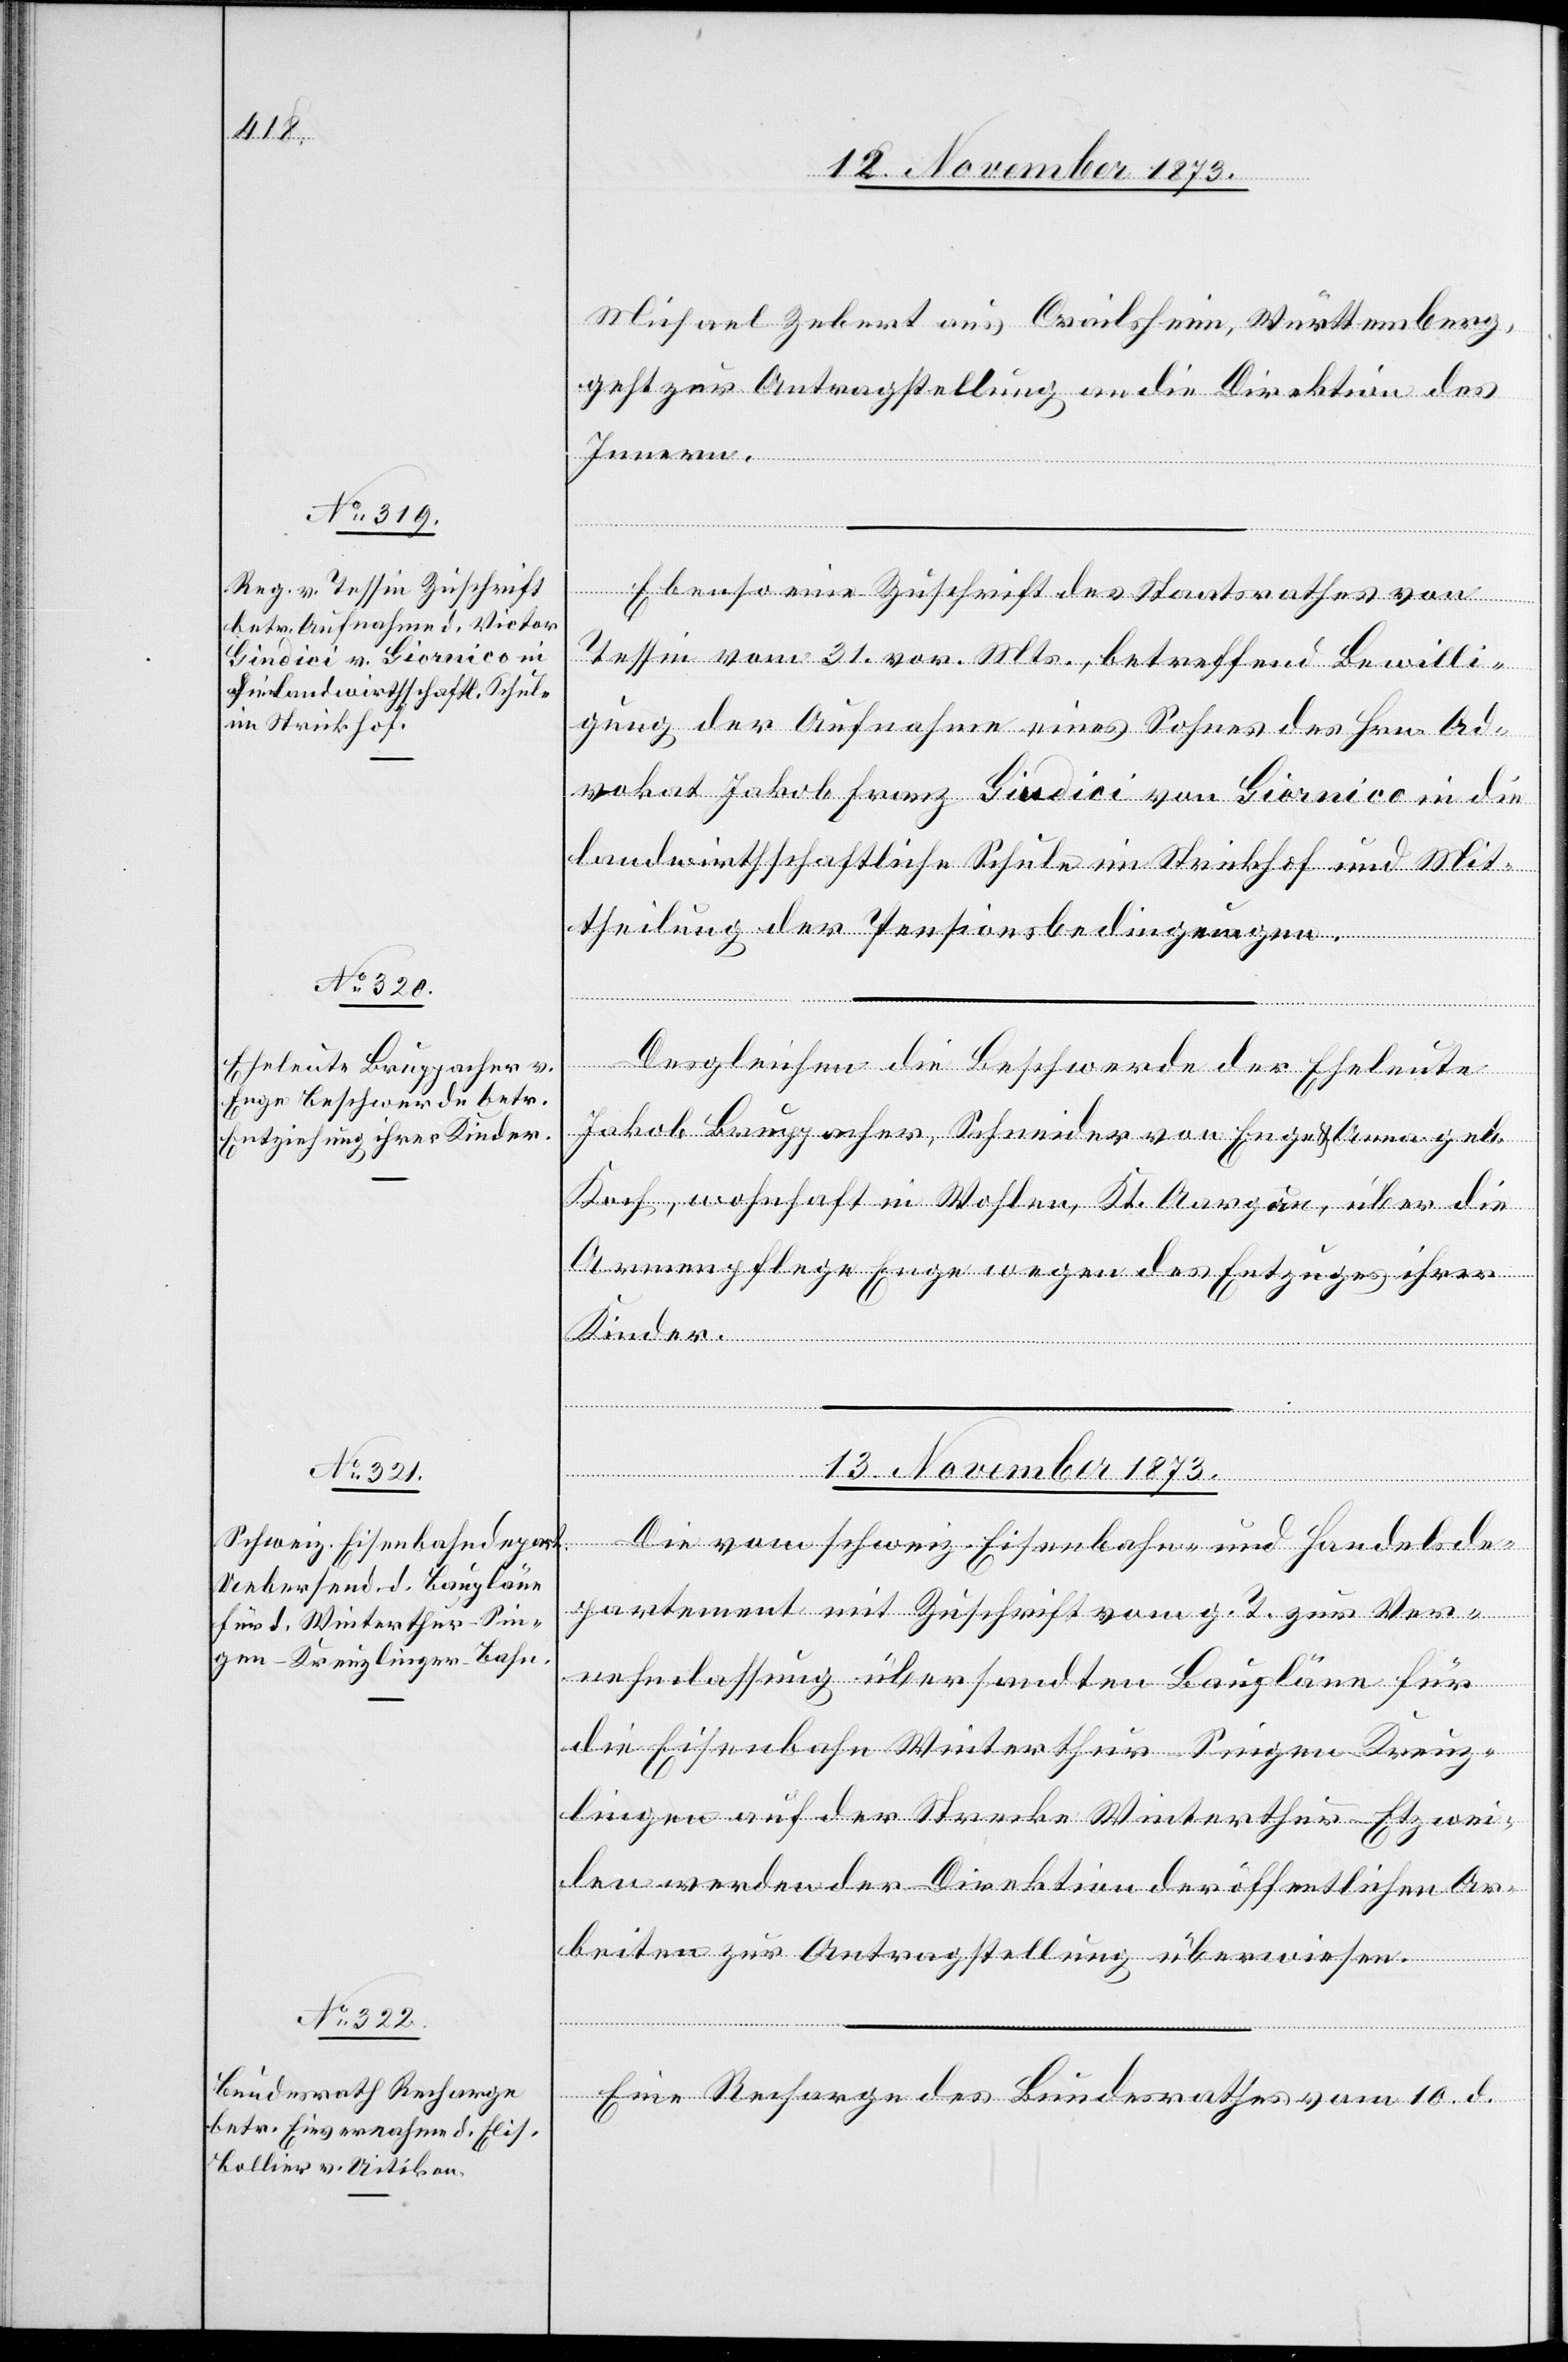
Michael Zebert aus Crailsheim, Württemberg,
geht zur Antragstellung an die Direktion des
Innern.
Ebenso eine Zuschrift des Staatsrathes von
Tessin vom 31. vor. Mts., betreffend Bewilli¬
gung der Aufnahme eines Sohnes des Hrn. Ad¬
vokat Jakob Franz Giudici [sic!] von Giornico in die
landwirthschaftliche Schule im Strickhof und Mit¬
theilung der Pensionsbedingungen.
Desgleichen die Beschwerde der Eheleute
Jakob Bruppacher, Schneider von Enge & Anna geb.
Koch, wohnhaft in Wohlen, Kt. Aargau, über die
Armenpflege Enge wegen des Entzuges ihrer
Kinder.
13. November 1873.]
Die vom schweiz. Eisenbahn- und Handelsde¬
partement mit Zuschrift vom g. T. zur Ver¬
nehmlassung übersandten Baupläne für
die Eisenbahn Winterthur–Singen–Kreuz¬
lingen auf der Strecke Winterthur–Etzwei¬
len werden der Direktion der öffentlichen Ar¬
beiten zur Antragstellung überwiesen.
Eine Recharge des Bundesrathes vom 10. d.